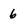
Character: 6